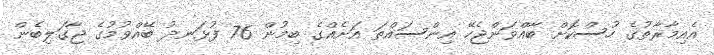
އެއިމާރާތުގެ ހުސްކޮށް ބާއްވަންޖެހޭ އިންސައްތަ އަށެއްގެ ބިމުން 76 ފުޅަނދު ބޭއްވުމުގެ ޖާގަލިބެން